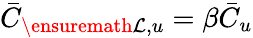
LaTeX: \bar{C}_{\ensuremath{\mathcal{L}},u}=\beta\bar{C}_{u}